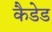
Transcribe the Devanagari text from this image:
कैडेड